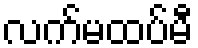
လက်မထပ်မီ